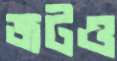
জটও